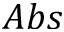
A b s